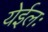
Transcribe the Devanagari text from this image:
येईलः